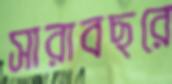
সারাবছরে